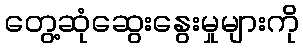
တွေ့ဆုံဆွေးနွေးမှုများကို